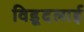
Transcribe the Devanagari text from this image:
विड़ूदलाई